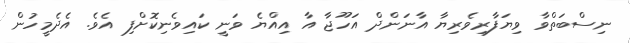
ނިސްބަތްވާ ވިޔަފާރިވެރިޔާ އާނަންދް އަހޫޖާ އާ އިއްޔެ ވަނީ ކައިވެނިކޮށްފި އެވެ. އެދެމީހުން